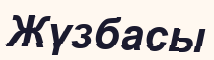
Жүзбасы